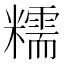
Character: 糯